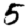
Digit: 5